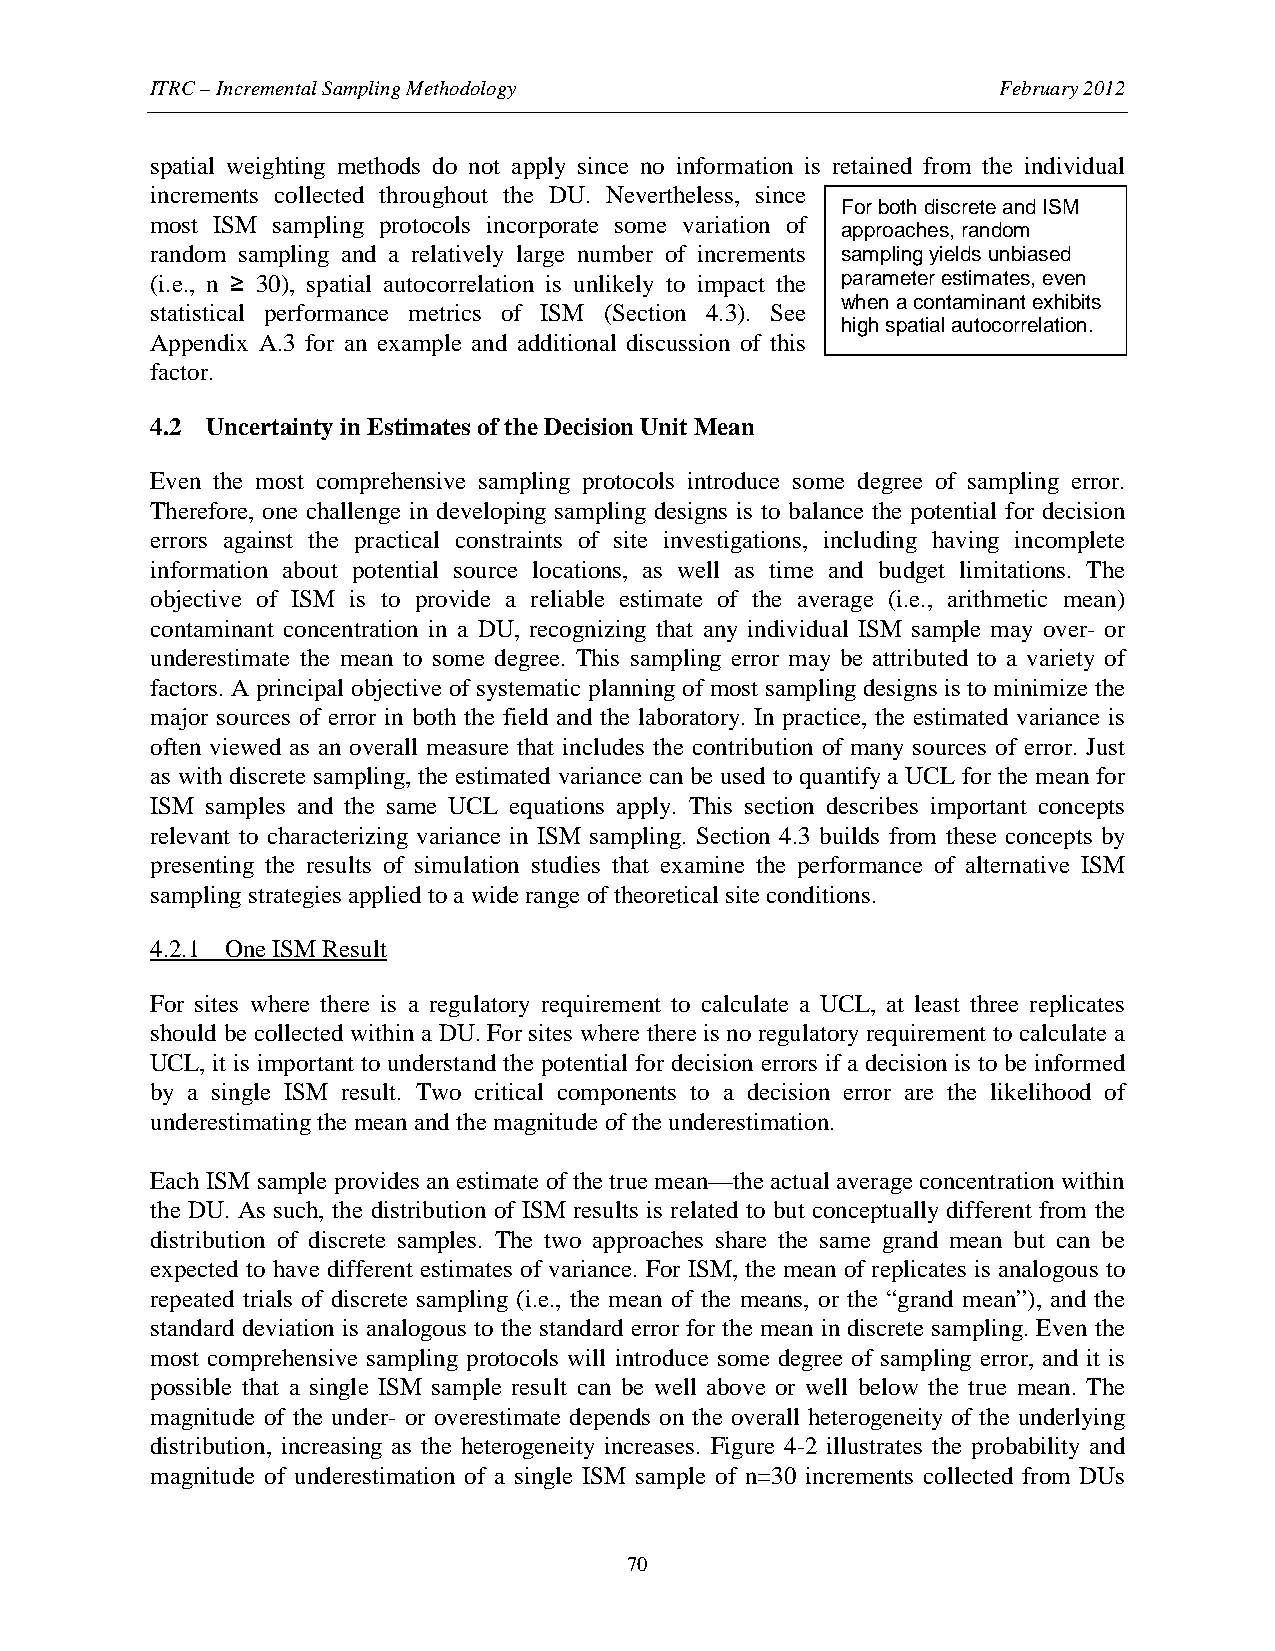
ITRC – Incremental Sampling Methodology                 February 2012
 spatial weighting methods do not apply since no information is retained from the individual
 increments collected throughout the DU. Nevertheless, since
 For both discrete and ISM
 most ISM sampling protocols incorporate some variation of
 approaches, random
 random sampling and a relatively large number of increments sampling yields unbiased
 (i.e., n ≥ 30), spatial autocorrelation is unlikely to impact the parameter estimates, even
 when a contaminant exhibits
 statistical performance metrics of ISM (Section 4.3). See
 high spatial autocorrelation.
 Appendix A.3 for an example and additional discussion of this
 factor.
 4.2 Uncertainty in Estimates of the Decision Unit Mean
 Even the most comprehensive sampling protocols introduce some degree of sampling error.
 Therefore, one challenge in developing sampling designs is to balance the potential for decision
 errors against the practical constraints of site investigations, including having incomplete
 information about potential source locations, as well as time and budget limitations. The
 objective of ISM is to provide a reliable estimate of the average (i.e., arithmetic mean)
 contaminant concentration in a DU, recognizing that any individual ISM sample may over- or
 underestimate the mean to some degree. This sampling error may be attributed to a variety of
 factors. A principal objective of systematic planning of most sampling designs is to minimize the
 major sources of error in both the field and the laboratory. In practice, the estimated variance is
 often viewed as an overall measure that includes the contribution of many sources of error. Just
 as with discrete sampling, the estimated variance can be used to quantify a UCL for the mean for
 ISM samples and the same UCL equations apply. This section describes important concepts
 relevant to characterizing variance in ISM sampling. Section 4.3 builds from these concepts by
 presenting the results of simulation studies that examine the performance of alternative ISM
 sampling strategies applied to a wide range of theoretical site conditions.
 4.2.1 One ISM Result
 For sites where there is a regulatory requirement to calculate a UCL, at least three replicates
 should be collected within a DU. For sites where there is no regulatory requirement to calculate a
 UCL, it is important to understand the potential for decision errors if a decision is to be informed
 by a single ISM result. Two critical components to a decision error are the likelihood of
 underestimating the mean and the magnitude of the underestimation.
 Each ISM sample provides an estimate of the true mean—the actual average concentration within
 the DU. As such, the distribution of ISM results is related to but conceptually different from the
 distribution of discrete samples. The two approaches share the same grand mean but can be
 expected to have different estimates of variance. For ISM, the mean of replicates is analogous to
 repeated trials of discrete sampling (i.e., the mean of the means, or the “grand mean”), and the
 standard deviation is analogous to the standard error for the mean in discrete sampling. Even the
 most comprehensive sampling protocols will introduce some degree of sampling error, and it is
 possible that a single ISM sample result can be well above or well below the true mean. The
 magnitude of the under- or overestimate depends on the overall heterogeneity of the underlying
 distribution, increasing as the heterogeneity increases. Figure 4-2 illustrates the probability and
 magnitude of underestimation of a single ISM sample of n=30 increments collected from DUs
 70